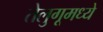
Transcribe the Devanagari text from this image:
तेलुगूमध्ये